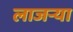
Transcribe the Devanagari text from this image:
लाजर्‍या